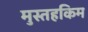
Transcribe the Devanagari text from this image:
मुस्तहकिम